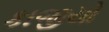
કાજીયો